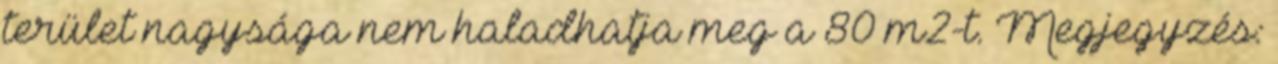
terület nagysága nem haladhatja meg a 80 m2-t. Megjegyzés: